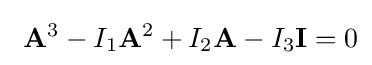
\ \mathbf {A} ^{3}-I_{1}\mathbf {A} ^{2}+I_{2}\mathbf {A} -I_{3}\mathbf {I} =0